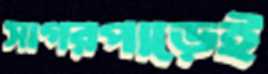
সাগরপাড়েই